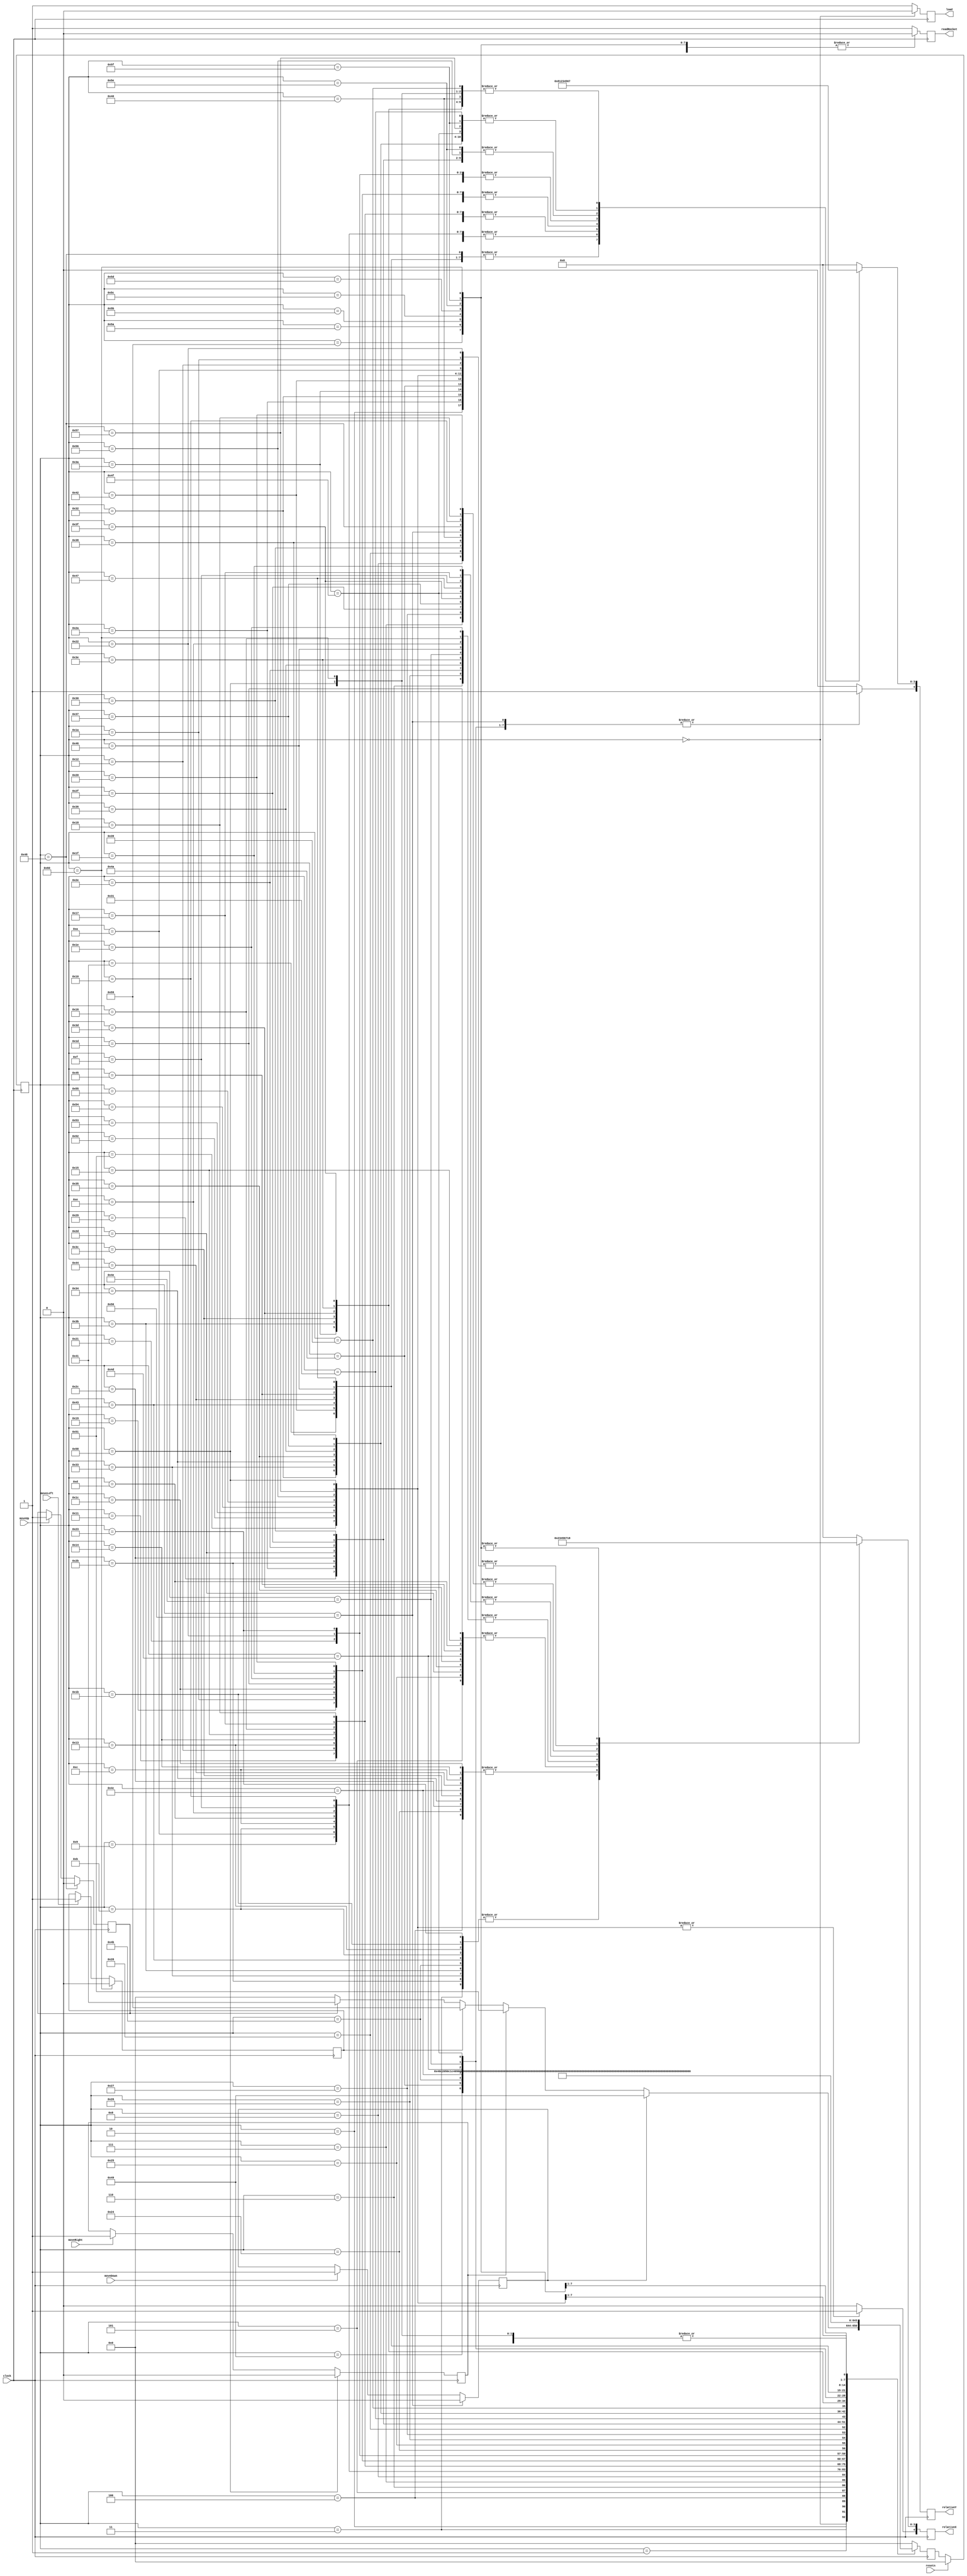
module drawRocketControl(clock, resetn, moveUp, moveDown, moveLeft, moveRight, readRocket, load, relativeX, relativeY);

	input clock;
	input resetn;
	input moveUp, moveDown, moveLeft, moveRight;
	output reg readRocket;
	output reg load;
	output reg [4:0] relativeX;
	output reg [4:0] relativeY;
	
	reg queueUp, queueDown, queueLeft, queueRight;
	reg [6:0] nextState, currentState;
	
	localparam  READY_TO_DRAW = 7'd0,
					DRAW_ROCKET_1 = 7'd1,
					DRAW_ROCKET_2 = 7'd2,
					DRAW_ROCKET_3 = 7'd3,
					DRAW_ROCKET_4 = 7'd4,
					DRAW_ROCKET_5 = 7'd5,
					DRAW_ROCKET_6 = 7'd6,
					DRAW_ROCKET_7 = 7'd7,
					DRAW_ROCKET_8 = 7'd8,
					DRAW_ROCKET_9 = 7'd9,
					DRAW_ROCKET_10 = 7'd10,
					DRAW_ROCKET_11 = 7'd11,
					DRAW_ROCKET_12 = 7'd12,
					DRAW_ROCKET_13 = 7'd13,
					DRAW_ROCKET_14 = 7'd14,
					DRAW_ROCKET_15 = 7'd15,
					DRAW_ROCKET_16 = 7'd16,
					DRAW_ROCKET_17 = 7'd17,
					DRAW_ROCKET_18 = 7'd18,
					DRAW_ROCKET_19 = 7'd19,
					DRAW_ROCKET_20 = 7'd20,
					DRAW_ROCKET_21 = 7'd21,
					DRAW_ROCKET_22 = 7'd22,
					DRAW_ROCKET_23 = 7'd23,
					DRAW_ROCKET_24 = 7'd24,
					DRAW_ROCKET_25 = 7'd25,
					DRAW_ROCKET_26 = 7'd26,
					DRAW_ROCKET_27 = 7'd27,
					DRAW_ROCKET_28 = 7'd28,
					DRAW_ROCKET_29 = 7'd29,
					DRAW_ROCKET_30 = 7'd30,
					DRAW_ROCKET_31 = 7'd31,
					DRAW_ROCKET_32 = 7'd32,
					DRAW_ROCKET_33 = 7'd33,
					DRAW_ROCKET_34 = 7'd34,
					DRAW_ROCKET_35 = 7'd35,
					DRAW_ROCKET_36 = 7'd36,
					DRAW_ROCKET_37 = 7'd37,
					DRAW_ROCKET_38 = 7'd38,
					DRAW_ROCKET_39 = 7'd39,
					DRAW_ROCKET_40 = 7'd40,
					DRAW_ROCKET_41 = 7'd41,
					DRAW_ROCKET_42 = 7'd42,
					DRAW_ROCKET_43 = 7'd43,
					DRAW_ROCKET_44 = 7'd44,
					DRAW_ROCKET_45 = 7'd45,
					DRAW_ROCKET_46 = 7'd46,
					DRAW_ROCKET_47 = 7'd47,
					DRAW_ROCKET_48 = 7'd48,
					DRAW_ROCKET_49 = 7'd49,
					DRAW_ROCKET_50 = 7'd50,
					DRAW_ROCKET_51 = 7'd51,
					DRAW_ROCKET_52 = 7'd52,
					DRAW_ROCKET_53 = 7'd53,
					DRAW_ROCKET_54 = 7'd54,
					DRAW_ROCKET_55 = 7'd55,
					DRAW_ROCKET_56 = 7'd56,
					DRAW_ROCKET_57 = 7'd57,
					DRAW_ROCKET_58 = 7'd58,
					DRAW_ROCKET_59 = 7'd59,
					DRAW_ROCKET_60 = 7'd60,
					DRAW_ROCKET_61 = 7'd61,
					DRAW_ROCKET_62 = 7'd62,
					DRAW_ROCKET_63 = 7'd63,
					DRAW_ROCKET_64 = 7'd64,
					DRAW_BG_UP_1 = 7'd65,
					DRAW_BG_UP_2 = 7'd66,
					DRAW_BG_UP_3 = 7'd67,
					DRAW_BG_UP_4 = 7'd68,
					DRAW_BG_UP_5 = 7'd69,
					DRAW_BG_UP_6 = 7'd70,
					DRAW_BG_UP_7 = 7'd71,
					DRAW_BG_UP_8 = 7'd72,
					DRAW_BG_DOWN_1 = 7'd73,
					DRAW_BG_DOWN_2 = 7'd74,
					DRAW_BG_DOWN_3 = 7'd75,
					DRAW_BG_DOWN_4 = 7'd76,
					DRAW_BG_DOWN_5 = 7'd77,
					DRAW_BG_DOWN_6 = 7'd78,
					DRAW_BG_DOWN_7 = 7'd79,
					DRAW_BG_DOWN_8 = 7'd80,
					DRAW_BG_RIGHT_1 = 7'd81,
					DRAW_BG_RIGHT_2 = 7'd82,
					DRAW_BG_RIGHT_3 = 7'd83,
					DRAW_BG_RIGHT_4 = 7'd84,
					DRAW_BG_RIGHT_5 = 7'd85,
					DRAW_BG_RIGHT_6 = 7'd86,
					DRAW_BG_RIGHT_7 = 7'd87,
					DRAW_BG_RIGHT_8 = 7'd88,
					DRAW_BG_LEFT_1 = 7'd89,
					DRAW_BG_LEFT_2 = 7'd90,
					DRAW_BG_LEFT_3 = 7'd91,
					DRAW_BG_LEFT_4 = 7'd92,
					DRAW_BG_LEFT_5 = 7'd93,
					DRAW_BG_LEFT_6 = 7'd94,
					DRAW_BG_LEFT_7 = 7'd95,
					DRAW_BG_LEFT_8 = 7'd96;
	
	always @ (posedge clock)
	begin
		case (currentState)
			READY_TO_DRAW:
			begin
				if (queueDown)
				begin
					nextState = DRAW_BG_DOWN_1;
				end
				else if (queueRight)
				begin
					nextState = DRAW_BG_RIGHT_1;
				end
				else if (queueLeft)
				begin
					nextState = DRAW_BG_LEFT_1;
				end
				else if (queueUp)
				begin
					nextState = DRAW_BG_UP_1;
				end
				else
				begin
					nextState = READY_TO_DRAW;
				end
			end
			DRAW_ROCKET_1:
			begin
				nextState = DRAW_ROCKET_2;
			end
			DRAW_ROCKET_2:
			begin
				nextState = DRAW_ROCKET_3;
			end
			DRAW_ROCKET_3:
			begin
				nextState = DRAW_ROCKET_4;
			end
			DRAW_ROCKET_4:
			begin
				nextState = DRAW_ROCKET_5;
			end
			DRAW_ROCKET_5:
			begin
				nextState = DRAW_ROCKET_6;
			end
			DRAW_ROCKET_6:
			begin
				nextState = DRAW_ROCKET_7;
			end
			DRAW_ROCKET_7:
			begin
				nextState = DRAW_ROCKET_8;
			end
			DRAW_ROCKET_8:
			begin
				nextState = DRAW_ROCKET_9;
			end
			DRAW_ROCKET_9:
			begin
				nextState = DRAW_ROCKET_10;
			end
			DRAW_ROCKET_10:
			begin
				nextState = DRAW_ROCKET_11;
			end
			DRAW_ROCKET_11:
			begin
				nextState = DRAW_ROCKET_12;
			end
			DRAW_ROCKET_12:
			begin
				nextState = DRAW_ROCKET_13;
			end
			DRAW_ROCKET_13:
			begin
				nextState = DRAW_ROCKET_14;
			end
			DRAW_ROCKET_14:
			begin
				nextState = DRAW_ROCKET_15;
			end
			DRAW_ROCKET_15:
			begin
				nextState = DRAW_ROCKET_16;
			end
			DRAW_ROCKET_16:
			begin
				nextState = DRAW_ROCKET_17;
			end
			DRAW_ROCKET_17:
			begin
				nextState = DRAW_ROCKET_18;
			end
			DRAW_ROCKET_18:
			begin
				nextState = DRAW_ROCKET_19;
			end
			DRAW_ROCKET_19:
			begin
				nextState = DRAW_ROCKET_20;
			end
			DRAW_ROCKET_20:
			begin
				nextState = DRAW_ROCKET_21;
			end
			DRAW_ROCKET_21:
			begin
				nextState = DRAW_ROCKET_22;
			end
			DRAW_ROCKET_22:
			begin
				nextState = DRAW_ROCKET_23;
			end
			DRAW_ROCKET_23:
			begin
				nextState = DRAW_ROCKET_24;
			end
			DRAW_ROCKET_24:
			begin
				nextState = DRAW_ROCKET_25;
			end
			DRAW_ROCKET_25:
			begin
				nextState = DRAW_ROCKET_26;
			end
			DRAW_ROCKET_26:
			begin
				nextState = DRAW_ROCKET_27;
			end
			DRAW_ROCKET_27:
			begin
				nextState = DRAW_ROCKET_28;
			end
			DRAW_ROCKET_28:
			begin
				nextState = DRAW_ROCKET_29;
			end
			DRAW_ROCKET_29:
			begin
				nextState = DRAW_ROCKET_30;
			end
			DRAW_ROCKET_30:
			begin
				nextState = DRAW_ROCKET_31;
			end
			DRAW_ROCKET_31:
			begin
				nextState = DRAW_ROCKET_32;
			end
			DRAW_ROCKET_32:
			begin
				nextState = DRAW_ROCKET_33;
			end
			DRAW_ROCKET_33:
			begin
				nextState = DRAW_ROCKET_34;
			end
			DRAW_ROCKET_34:
			begin
				nextState = DRAW_ROCKET_35;
			end
			DRAW_ROCKET_35:
			begin
				nextState = DRAW_ROCKET_36;
			end
			DRAW_ROCKET_36:
			begin
				nextState = DRAW_ROCKET_37;
			end
			DRAW_ROCKET_37:
			begin
				nextState = DRAW_ROCKET_38;
			end
			DRAW_ROCKET_38:
			begin
				nextState = DRAW_ROCKET_39;
			end
			DRAW_ROCKET_39:
			begin
				nextState = DRAW_ROCKET_40;
			end
			DRAW_ROCKET_40:
			begin
				nextState = DRAW_ROCKET_41;
			end
			DRAW_ROCKET_41:
			begin
				nextState = DRAW_ROCKET_42;
			end
			DRAW_ROCKET_42:
			begin
				nextState = DRAW_ROCKET_43;
			end
			DRAW_ROCKET_43:
			begin
				nextState = DRAW_ROCKET_44;
			end
			DRAW_ROCKET_44:
			begin
				nextState = DRAW_ROCKET_45;
			end
			DRAW_ROCKET_45:
			begin
				nextState = DRAW_ROCKET_46;
			end
			DRAW_ROCKET_46:
			begin
				nextState = DRAW_ROCKET_47;
			end
			DRAW_ROCKET_47:
			begin
				nextState = DRAW_ROCKET_48;
			end
			DRAW_ROCKET_48:
			begin
				nextState = DRAW_ROCKET_49;
			end
			DRAW_ROCKET_49:
			begin
				nextState = DRAW_ROCKET_50;
			end
			DRAW_ROCKET_50:
			begin
				nextState = DRAW_ROCKET_51;
			end
			DRAW_ROCKET_51:
			begin
				nextState = DRAW_ROCKET_52;
			end
			DRAW_ROCKET_52:
			begin
				nextState = DRAW_ROCKET_53;
			end
			DRAW_ROCKET_53:
			begin
				nextState = DRAW_ROCKET_54;
			end
			DRAW_ROCKET_54:
			begin
				nextState = DRAW_ROCKET_55;
			end
			DRAW_ROCKET_55:
			begin
				nextState = DRAW_ROCKET_56;
			end
			DRAW_ROCKET_56:
			begin
				nextState = DRAW_ROCKET_57;
			end
			DRAW_ROCKET_57:
			begin
				nextState = DRAW_ROCKET_58;
			end
			DRAW_ROCKET_58:
			begin
				nextState = DRAW_ROCKET_59;
			end
			DRAW_ROCKET_59:
			begin
				nextState = DRAW_ROCKET_60;
			end
			DRAW_ROCKET_60:
			begin
				nextState = DRAW_ROCKET_61;
			end
			DRAW_ROCKET_61:
			begin
				nextState = DRAW_ROCKET_62;
			end
			DRAW_ROCKET_62:
			begin
				nextState = DRAW_ROCKET_63;
			end
			DRAW_ROCKET_63:
			begin
				nextState = DRAW_ROCKET_64;
			end
			DRAW_ROCKET_64:
			begin
				nextState = READY_TO_DRAW;
			end
			DRAW_BG_DOWN_1:
			begin
				nextState = DRAW_BG_DOWN_2;
			end
			DRAW_BG_DOWN_2:
			begin
				nextState = DRAW_BG_DOWN_3;
			end
			DRAW_BG_DOWN_3:
			begin
				nextState = DRAW_BG_DOWN_4;
			end
			DRAW_BG_DOWN_4:
			begin
				nextState = DRAW_BG_DOWN_5;
			end
			DRAW_BG_DOWN_5:
			begin
				nextState = DRAW_BG_DOWN_6;
			end
			DRAW_BG_DOWN_6:
			begin
				nextState = DRAW_BG_DOWN_7;
			end
			DRAW_BG_DOWN_7:
			begin
				nextState = DRAW_BG_DOWN_8;
			end
			DRAW_BG_DOWN_8:
			begin
				nextState = DRAW_ROCKET_1;
			end
			DRAW_BG_UP_1:
			begin
				nextState = DRAW_BG_UP_2;
			end
			DRAW_BG_UP_2:
			begin
				nextState = DRAW_BG_UP_3;
			end
			DRAW_BG_UP_3:
			begin
				nextState = DRAW_BG_UP_4;
			end
			DRAW_BG_UP_4:
			begin
				nextState = DRAW_BG_UP_5;
			end
			DRAW_BG_UP_5:
			begin
				nextState = DRAW_BG_UP_6;
			end
			DRAW_BG_UP_6:
			begin
				nextState = DRAW_BG_UP_7;
			end
			DRAW_BG_UP_7:
			begin
				nextState = DRAW_BG_UP_8;
			end
			DRAW_BG_UP_8:
			begin
				nextState = DRAW_ROCKET_1;
			end
			DRAW_BG_LEFT_1:
			begin
				nextState = DRAW_BG_LEFT_2;
			end
			DRAW_BG_LEFT_2:
			begin
				nextState = DRAW_BG_LEFT_3;
			end
			DRAW_BG_LEFT_3:
			begin
				nextState = DRAW_BG_LEFT_4;
			end
			DRAW_BG_LEFT_4:
			begin
				nextState = DRAW_BG_LEFT_5;
			end
			DRAW_BG_LEFT_5:
			begin
				nextState = DRAW_BG_LEFT_6;
			end
			DRAW_BG_LEFT_6:
			begin
				nextState = DRAW_BG_LEFT_7;
			end
			DRAW_BG_LEFT_7:
			begin
				nextState = DRAW_BG_LEFT_8;
			end
			DRAW_BG_LEFT_8:
			begin
				nextState = DRAW_ROCKET_1;
			end
			DRAW_BG_RIGHT_1:
			begin
				nextState = DRAW_BG_RIGHT_2;
			end
			DRAW_BG_RIGHT_2:
			begin
				nextState = DRAW_BG_RIGHT_3;
			end
			DRAW_BG_RIGHT_3:
			begin
				nextState = DRAW_BG_RIGHT_4;
			end
			DRAW_BG_RIGHT_4:
			begin
				nextState = DRAW_BG_RIGHT_5;
			end
			DRAW_BG_RIGHT_5:
			begin
				nextState = DRAW_BG_RIGHT_6;
			end
			DRAW_BG_RIGHT_6:
			begin
				nextState = DRAW_BG_RIGHT_7;
			end
			DRAW_BG_RIGHT_7:
			begin
				nextState = DRAW_BG_RIGHT_8;
			end
			DRAW_BG_RIGHT_8:
			begin
				nextState = DRAW_ROCKET_1;
			end
			default: 
			begin
				nextState = READY_TO_DRAW;
			end
		endcase
	end
	
	always @ (posedge clock)
	begin
		load <= 1'b1;
		relativeX <= 5'b0;
		relativeY <= 5'b0;
		readRocket <= 1'b1;
		if (moveUp)
		begin
			queueUp <= 1'b1;
		end
		if (moveDown)
		begin
			queueDown <= 1'b1;
		end
		if (moveRight)
		begin
			queueRight <= 1'b1;
		end
		if (moveLeft)
		begin
			queueLeft <= 1'b1;
		end
		case (currentState)
			READY_TO_DRAW:
			begin
				load <= 1'b0;
			end
			DRAW_ROCKET_2:
			begin
				relativeX[3:0] <= 4'd1;
			end
			DRAW_ROCKET_3:
			begin
				relativeX[3:0] <= 4'd2;
			end
			DRAW_ROCKET_4:
			begin
				relativeX[3:0] <= 4'd3;
			end
			DRAW_ROCKET_5:
			begin
				relativeX[3:0] <= 4'd4;
			end
			DRAW_ROCKET_6:
			begin
				relativeX[3:0] <= 4'd5;
			end
			DRAW_ROCKET_7:
			begin
				relativeX[3:0] <= 4'd6;
			end
			DRAW_ROCKET_8:
			begin
				relativeX[3:0] <= 4'd7;
			end
			DRAW_ROCKET_9:
			begin
				relativeY[3:0] <= 4'd1;
			end
			DRAW_ROCKET_10:
			begin
				relativeY[3:0] <= 4'd1;
				relativeX[3:0] <= 4'd1;
			end
			DRAW_ROCKET_11:
			begin
				relativeY[3:0] <= 4'd1;
				relativeX[3:0] <= 4'd2;
			end
			DRAW_ROCKET_12:
			begin
				relativeY[3:0] <= 4'd1;
				relativeX[3:0] <= 4'd3;
			end
			DRAW_ROCKET_13:
			begin
				relativeY[3:0] <= 4'd1;
				relativeX[3:0] <= 4'd4;
			end
			DRAW_ROCKET_14:
			begin
				relativeY[3:0] <= 4'd1;
				relativeX[3:0] <= 4'd5;
			end
			DRAW_ROCKET_15:
			begin
				relativeY[3:0] <= 4'd1;
				relativeX[3:0] <= 4'd6;
			end
			DRAW_ROCKET_16:
			begin
				relativeY[3:0] <= 4'd1;
				relativeX[3:0] <= 4'd7;
			end
			DRAW_ROCKET_17:
			begin
				relativeY[3:0] <= 4'd2;
			end
			DRAW_ROCKET_18:
			begin
				relativeY[3:0] <= 4'd2;
				relativeX[3:0] <= 4'd1;
			end
			DRAW_ROCKET_19:
			begin
				relativeY[3:0] <= 4'd2;
				relativeX[3:0] <= 4'd2;
			end
			DRAW_ROCKET_20:
			begin
				relativeY[3:0] <= 4'd2;
				relativeX[3:0] <= 4'd3;
			end
			DRAW_ROCKET_21:
			begin
				relativeY[3:0] <= 4'd2;
				relativeX[3:0] <= 4'd4;
			end
			DRAW_ROCKET_22:
			begin
				relativeY[3:0] <= 4'd2;
				relativeX[3:0] <= 4'd5;
			end
			DRAW_ROCKET_23:
			begin
				relativeY[3:0] <= 4'd2;
				relativeX[3:0] <= 4'd6;
			end
			DRAW_ROCKET_24:
			begin
				relativeY[3:0] <= 4'd2;
				relativeX[3:0] <= 4'd7;
			end
			DRAW_ROCKET_25:
			begin
				relativeY[3:0] <= 4'd3;
			end
			DRAW_ROCKET_26:
			begin
				relativeY[3:0] <= 4'd3;
				relativeX[3:0] <= 4'd1;
			end
			DRAW_ROCKET_27:
			begin
				relativeY[3:0] <= 4'd3;
				relativeX[3:0] <= 4'd2;
			end
			DRAW_ROCKET_28:
			begin
				relativeY[3:0] <= 4'd3;
				relativeX[3:0] <= 4'd3;
			end
			DRAW_ROCKET_29:
			begin
				relativeY[3:0] <= 4'd3;
				relativeX[3:0] <= 4'd4;
			end
			DRAW_ROCKET_30:
			begin
				relativeY[3:0] <= 4'd3;
				relativeX[3:0] <= 4'd5;
			end
			DRAW_ROCKET_31:
			begin
				relativeY[3:0] <= 4'd3;
				relativeX[3:0] <= 4'd6;
			end
			DRAW_ROCKET_32:
			begin
				relativeY[3:0] <= 4'd3;
				relativeX[3:0] <= 4'd7;
			end
			DRAW_ROCKET_33:
			begin
				relativeY[3:0] <= 4'd4;
			end
			DRAW_ROCKET_34:
			begin
				relativeY[3:0] <= 4'd4;
				relativeX[3:0] <= 4'd1;
			end
			DRAW_ROCKET_35:
			begin
				relativeY[3:0] <= 4'd4;
				relativeX[3:0] <= 4'd2;
			end
			DRAW_ROCKET_36:
			begin
				relativeY[3:0] <= 4'd4;
				relativeX[3:0] <= 4'd3;
			end
			DRAW_ROCKET_37:
			begin
				relativeY[3:0] <= 4'd4;
				relativeX[3:0] <= 4'd4;
			end
			DRAW_ROCKET_38:
			begin
				relativeY[3:0] <= 4'd4;
				relativeX[3:0] <= 4'd5;
			end
			DRAW_ROCKET_39:
			begin
				relativeY[3:0] <= 4'd4;
				relativeX[3:0] <= 4'd6;
			end
			DRAW_ROCKET_40:
			begin
				relativeY[3:0] <= 4'd4;
				relativeX[3:0] <= 4'd7;
			end
			DRAW_ROCKET_41:
			begin
				relativeY[3:0] <= 4'd5;
			end
			DRAW_ROCKET_42:
			begin
				relativeY[3:0] <= 4'd5;
				relativeX[3:0] <= 4'd1;
			end
			DRAW_ROCKET_43:
			begin
				relativeY[3:0] <= 4'd5;
				relativeX[3:0] <= 4'd2;
			end
			DRAW_ROCKET_44:
			begin
				relativeY[3:0] <= 4'd5;
				relativeX[3:0] <= 4'd3;
			end
			DRAW_ROCKET_45:
			begin
				relativeY[3:0] <= 4'd5;
				relativeX[3:0] <= 4'd4;
			end
			DRAW_ROCKET_46:
			begin
				relativeY[3:0] <= 4'd5;
				relativeX[3:0] <= 4'd5;
			end
			DRAW_ROCKET_47:
			begin
				relativeY[3:0] <= 4'd5;
				relativeX[3:0] <= 4'd6;
			end
			DRAW_ROCKET_48:
			begin
				relativeY[3:0] <= 4'd5;
				relativeX[3:0] <= 4'd7;
			end
			DRAW_ROCKET_49:
			begin
				relativeY[3:0] <= 4'd6;
			end
			DRAW_ROCKET_50:
			begin
				relativeY[3:0] <= 4'd6;
				relativeX[3:0] <= 4'd1;
			end
			DRAW_ROCKET_51:
			begin
				relativeY[3:0] <= 4'd6;
				relativeX[3:0] <= 4'd2;
			end
			DRAW_ROCKET_52:
			begin
				relativeY[3:0] <= 4'd6;
				relativeX[3:0] <= 4'd3;
			end
			DRAW_ROCKET_53:
			begin
				relativeY[3:0] <= 4'd6;
				relativeX[3:0] <= 4'd4;
			end
			DRAW_ROCKET_54:
			begin
				relativeY[3:0] <= 4'd6;
				relativeX[3:0] <= 4'd5;
			end
			DRAW_ROCKET_55:
			begin
				relativeY[3:0] <= 4'd6;
				relativeX[3:0] <= 4'd6;
			end
			DRAW_ROCKET_56:
			begin
				relativeY[3:0] <= 4'd6;
				relativeX[3:0] <= 4'd7;
			end
			DRAW_ROCKET_57:
			begin
				relativeY[3:0] <= 4'd7;
			end
			DRAW_ROCKET_58:
			begin
				relativeY[3:0] <= 4'd7;
				relativeX[3:0] <= 4'd1;
			end
			DRAW_ROCKET_59:
			begin
				relativeY[3:0] <= 4'd7;
				relativeX[3:0] <= 4'd2;
			end
			DRAW_ROCKET_60:
			begin
				relativeY[3:0] <= 4'd7;
				relativeX[3:0] <= 4'd3;
			end
			DRAW_ROCKET_61:
			begin
				relativeY[3:0] <= 4'd7;
				relativeX[3:0] <= 4'd4;
			end
			DRAW_ROCKET_62:
			begin
				relativeY[3:0] <= 4'd7;
				relativeX[3:0] <= 4'd5;
			end
			DRAW_ROCKET_63:
			begin
				relativeY[3:0] <= 4'd7;
				relativeX[3:0] <= 4'd6;
			end
			DRAW_ROCKET_64:
			begin
				relativeY[3:0] <= 4'd7;
				relativeX[3:0] <= 4'd7;
			end
			DRAW_BG_DOWN_1:
			begin
				relativeY[3:0] <= 4'd1;
				relativeY[4] <= 1'b1;
				readRocket <= 1'b0;
			end
			DRAW_BG_DOWN_2:
			begin
				relativeY[3:0] <= 4'd1;
				relativeY[4] <= 1'b1;
				relativeX[3:0] <= 4'd1;
				readRocket <= 1'b0;
			end
			DRAW_BG_DOWN_3:
			begin
				relativeY[3:0] <= 4'd1;
				relativeY[4] <= 1'b1;
				relativeX[3:0] <= 4'd2;
				readRocket <= 1'b0;
			end
			DRAW_BG_DOWN_4:
			begin
				relativeY[3:0] <= 4'd1;
				relativeY[4] <= 1'b1;
				relativeX[3:0] <= 4'd3;
				readRocket <= 1'b0;
			end
			DRAW_BG_DOWN_5:
			begin
				relativeY[3:0] <= 4'd1;
				relativeY[4] <= 1'b1;
				relativeX[3:0] <= 4'd4;
				readRocket <= 1'b0;
			end
			DRAW_BG_DOWN_6:
			begin
				relativeY[3:0] <= 4'd1;
				relativeY[4] <= 1'b1;
				relativeX[3:0] <= 4'd5;
				readRocket <= 1'b0;
			end
			DRAW_BG_DOWN_7:
			begin
				relativeY[3:0] <= 4'd6;
				relativeY[4] <= 1'b1;
				relativeX[3:0] <= 4'd6;
				readRocket <= 1'b0;
			end
			DRAW_BG_DOWN_8:
			begin
				relativeY[3:0] <= 4'd1;
				relativeY[4] <= 1'b1;
				relativeX[3:0] <= 4'd7;
				readRocket <= 1'b0;
				queueDown <= 1'b0;
			end
			DRAW_BG_UP_1:
			begin
				relativeY[3:0] <= 4'd8;
				readRocket <= 1'b0;
			end
			DRAW_BG_UP_2:
			begin
				relativeY[3:0] <= 4'd8;
				relativeX[3:0] <= 4'd1;
				readRocket <= 1'b0;
			end
			DRAW_BG_UP_3:
			begin
				relativeY[3:0] <= 4'd8;
				relativeX[3:0] <= 4'd2;
				readRocket <= 1'b0;
			end
			DRAW_BG_UP_4:
			begin
				relativeY[3:0] <= 4'd8;
				relativeX[3:0] <= 4'd3;
				readRocket <= 1'b0;
			end
			DRAW_BG_UP_5:
			begin
				relativeY[3:0] <= 4'd8;
				relativeX[3:0] <= 4'd4;
				readRocket <= 1'b0;
			end
			DRAW_BG_UP_6:
			begin
				relativeY[3:0] <= 4'd8;
				relativeX[3:0] <= 4'd5;
				readRocket <= 1'b0;
			end
			DRAW_BG_UP_7:
			begin
				relativeY[3:0] <= 4'd8;
				relativeX[3:0] <= 4'd6;
				readRocket <= 1'b0;
			end
			DRAW_BG_UP_8:
			begin
				relativeY[3:0] <= 4'd8;
				relativeX[3:0] <= 4'd7;
				readRocket <= 1'b0;
				queueUp <= 1'b0;
			end
			DRAW_BG_RIGHT_1:
			begin
				relativeX[4] <= 1'b1;
				relativeX[3:0] <= 4'd1;
				readRocket <= 1'b0;
			end
			DRAW_BG_RIGHT_2:
			begin
				relativeX[4] <= 1'b1;
				relativeX[3:0] <= 4'd1;
				relativeY[3:0] <= 4'd1;
				readRocket <= 1'b0;
			end
			DRAW_BG_RIGHT_3:
			begin
				relativeX[4] <= 1'b1;
				relativeX[3:0] <= 4'd1;
				relativeY[3:0] <= 4'd2;
				readRocket <= 1'b0;
			end
			DRAW_BG_RIGHT_4:
			begin
				relativeX[4] <= 1'b1;
				relativeX[3:0] <= 4'd1;
				relativeY[3:0] <= 4'd3;
				readRocket <= 1'b0;
			end
			DRAW_BG_RIGHT_5:
			begin
				relativeX[4] <= 1'b1;
				relativeX[3:0] <= 4'd1;
				relativeY[3:0] <= 4'd4;
				readRocket <= 1'b0;
			end
			DRAW_BG_RIGHT_6:
			begin
				relativeX[4] <= 1'b1;
				relativeX[3:0] <= 4'd1;
				relativeY[3:0] <= 4'd5;
				readRocket <= 1'b0;
			end
			DRAW_BG_RIGHT_7:
			begin
				relativeX[4] <= 1'b1;
				relativeX[3:0] <= 4'd1;
				relativeY[3:0] <= 4'd6;
				readRocket <= 1'b0;
			end
			DRAW_BG_RIGHT_8:
			begin
				relativeX[4] <= 1'b1;
				relativeX[3:0] <= 4'd1;
				relativeY[3:0] <= 4'd7;
				readRocket <= 1'b0;
				queueRight <= 1'b0;
			end
			DRAW_BG_LEFT_1:
			begin
				relativeX[3:0] <= 4'd8;
				readRocket <= 1'b0;
			end
			DRAW_BG_LEFT_2:
			begin
				relativeX[3:0] <= 4'd8;
				relativeY[3:0] <= 4'd1;
				readRocket <= 1'b0;
			end
			DRAW_BG_LEFT_3:
			begin
				relativeX[3:0] <= 4'd8;
				relativeY[3:0] <= 4'd2;
				readRocket <= 1'b0;
			end
			DRAW_BG_LEFT_4:
			begin
				relativeX[3:0] <= 4'd8;
				relativeY[3:0] <= 4'd3;
				readRocket <= 1'b0;
			end
			DRAW_BG_LEFT_5:
			begin
				relativeX[3:0] <= 4'd8;
				relativeY[3:0] <= 4'd4;
				readRocket <= 1'b0;
			end
			DRAW_BG_LEFT_6:
			begin
				relativeX[3:0] <= 4'd8;
				relativeY[3:0] <= 4'd5;
				readRocket <= 1'b0;
			end
			DRAW_BG_LEFT_7:
			begin
				relativeX[3:0] <= 4'd8;
				relativeY[3:0] <= 4'd6;
				readRocket <= 1'b0;
			end
			DRAW_BG_LEFT_8:
			begin
				relativeX[3:0] <= 4'd8;
				relativeY[3:0] <= 4'd7;
				readRocket <= 1'b0;
				queueLeft <= 1'b0;
			end
		endcase
	end
	
	always @ (posedge clock)
	begin
		if (resetn)
		begin
			currentState <= READY_TO_DRAW;
		end
		else
		begin
			currentState <= nextState;
		end
	end
	
endmodule